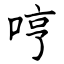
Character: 哼